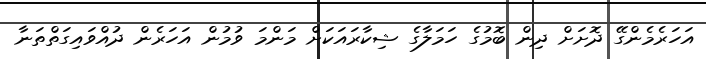
އަހަރެމެންގޭ ދޮށަށް ދިން ބޮމުގެ ހަމަލާގެ ޝިކާރައަކަށް މަންމަ ވުމުން އަހަރެން ދުއްވައިގަތްތަނާ